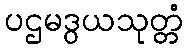
ပဌမဒွယသုတ္တံ